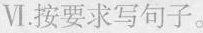
Ⅵ.按要求写句子.